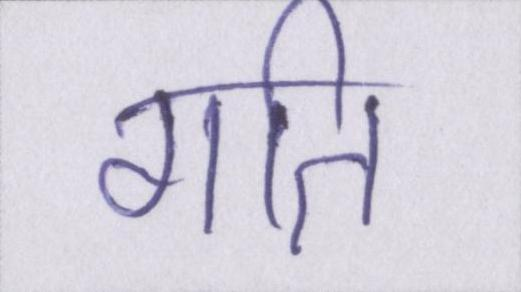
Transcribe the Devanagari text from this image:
गति